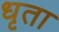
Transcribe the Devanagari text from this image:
धृता